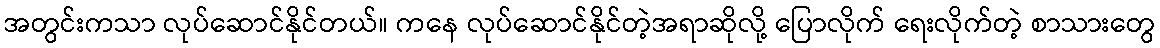
အတွင်းကသာ လုပ်ဆောင်နိုင်တယ်။ ကနေ လုပ်ဆောင်နိုင်တဲ့အရာဆိုလို့ ပြောလိုက် ရေးလိုက်တဲ့ စာသားတွေ